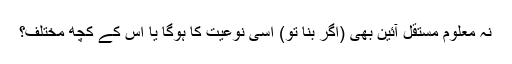
نہ معلوم مستقل آئین بھی (اگر بنا تو) اسی نوعیت کا ہوگا یا اس کے کچھ مختلف؟